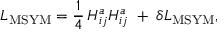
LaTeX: { \cal L } _ { \mathrm { M S Y M } } = { \frac { 1 } { 4 } } \, H _ { i j } ^ { a } H _ { i j } ^ { a } \; + \; \delta { \cal L } _ { \mathrm { M S Y M } } ,